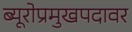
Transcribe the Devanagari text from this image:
ब्यूरोप्रमुखपदावर